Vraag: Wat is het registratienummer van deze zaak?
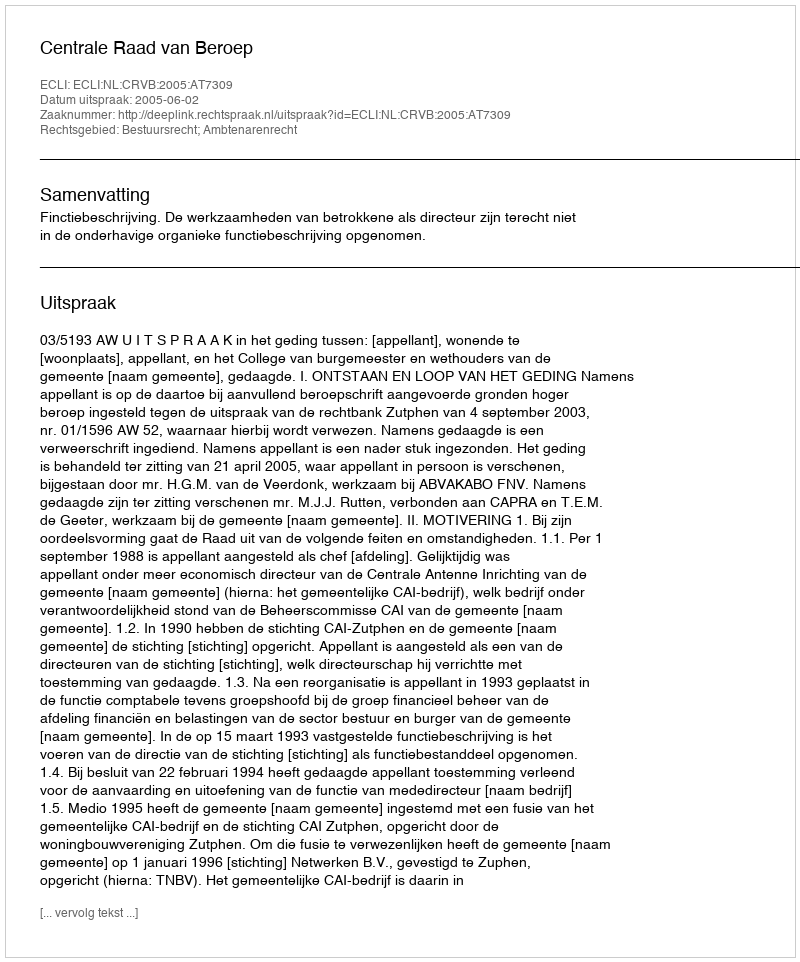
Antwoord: http://deeplink.rechtspraak.nl/uitspraak?id=ECLI:NL:CRVB:2005:AT7309